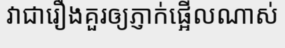
វាជារឿងគួរឲ្យភ្ញាក់ផ្អើលណាស់